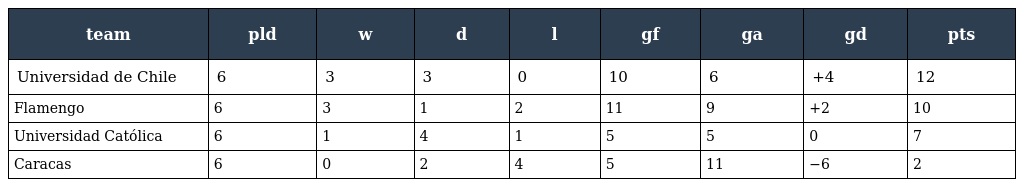
| team | pld | w | d | l | gf | ga | gd | pts |
 | --- | --- | --- | --- | --- | --- | --- | --- | --- |
 | Universidad de Chile | 6 | 3 | 3 | 0 | 10 | 6 | +4 | 12 |
 | Flamengo | 6 | 3 | 1 | 2 | 11 | 9 | +2 | 10 |
 | Universidad Católica | 6 | 1 | 4 | 1 | 5 | 5 | 0 | 7 |
 | Caracas | 6 | 0 | 2 | 4 | 5 | 11 | −6 | 2 |